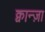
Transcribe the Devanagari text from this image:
क्वान्ज़ा